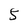
Character: 5